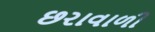
છરાવાળી